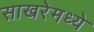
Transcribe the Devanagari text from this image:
साखरेमध्ये